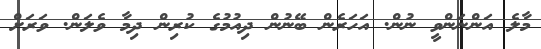
މާލެ އަންނަންވީ ނުން. އަހަރެން ބޭނުން ދިއުމުގެ ކުރިން ދިމާ ވެލަން. ވަރަށް